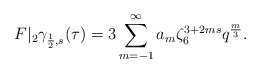
\begin{align*}F|_2\gamma_{\frac 12,s} (\tau)=3\sum\limits_{m=-1}^\infty a_m \zeta_6^{3+2ms}q^\frac m3.\end{align*}